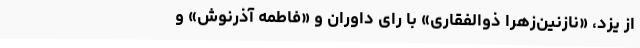
از یزد، «نازنین‌زهرا ذوالفقاری» با رای داوران و «فاطمه آذرنوش» و